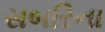
સબરિના